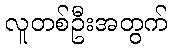
လူတစ်ဦးအတွက်